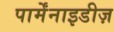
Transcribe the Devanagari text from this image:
पार्मेंनाइडीज़